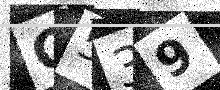
Text: G539